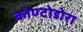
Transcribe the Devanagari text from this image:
कोण्टोडोरा